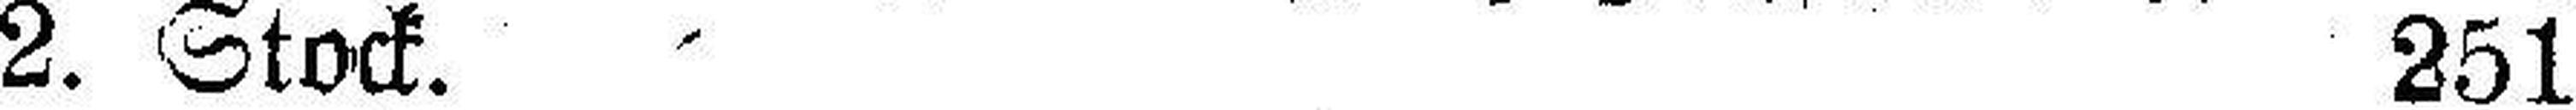
2. Stock. 251